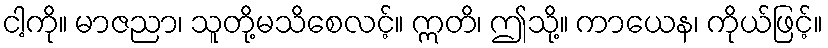
ငါ့ကို။ မာဇညာ၊ သူတို့မသိစေလင့်။ ဣတိ၊ ဤသို့။ ကာယေန၊ ကိုယ်ဖြင့်။